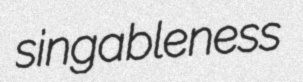
singableness